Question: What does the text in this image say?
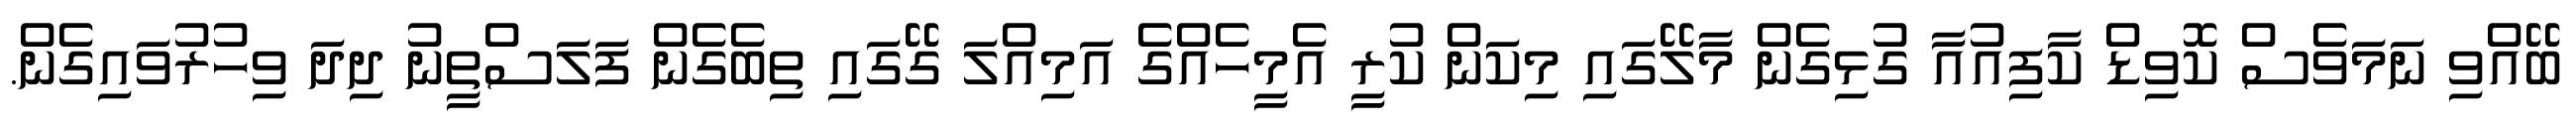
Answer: ބޭއްވި ނަމަވެސް ކޮވިޑް ކާފިއުއާ ގުޅިގެން މާލޭގައި މިކަން ކުރީ އެމީހެއްގެ އަމިއްލަ ގޭގައި ތިބެގެން ފަލަސްތީނު ދިދަ ވިހުރުވައިގެން.